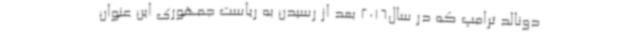
دونالد ترامپ که در سال2016 بعد از رسیدن به ریاست جمهوری این عنوان